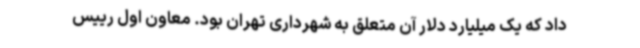
داد که یک میلیارد دلار آن متعلق به شهرداری تهران بود. معاون اول رییس